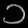
Digit: ၁